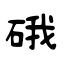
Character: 硪